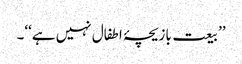
’’بیعت بازیچۂ اطفال نہیں ہے‘‘۔